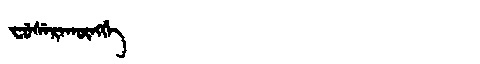
Manchu: ᠸᡠᠰᡝᡵᠠᡴᡡᠩᡤᡝ
Romanization: FUSERAKŪNGGE